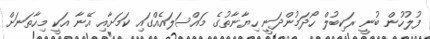
ފުލުހުން ބުނީ ރަކިބުލް ހޯދަމުންދަނީ ހިޔާނާތުގެ މައްސަލައެއްގައި ކަމަށާއި އޭނާ އަކީ މިހާތަނަށް